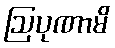
ဩပုဏာမိ